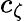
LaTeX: c_{\zeta}